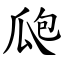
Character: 瓟